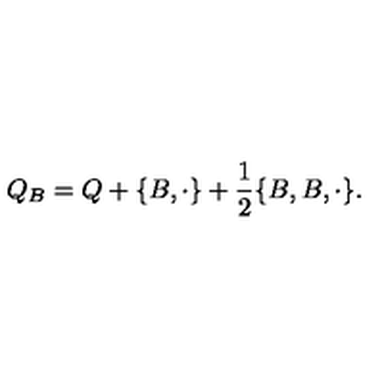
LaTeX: Q _ { B } = Q + \{ B , \cdot \} + \frac 1 2 \{ B , B , \cdot \} .